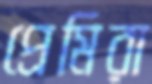
প্রেমিরা